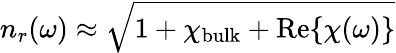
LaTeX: n_{r}(\omega)\approx\sqrt{1+\chi_{\mathrm{bulk}}+\operatorname{Re}\{ \chi(\omega)\} }